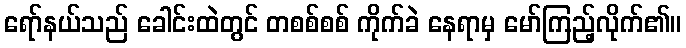
ရော်နယ်သည် ခေါင်းထဲတွင် တစစ်စစ် ကိုက်ခဲ နေရာမှ မော်ကြည့်လိုက်၏။